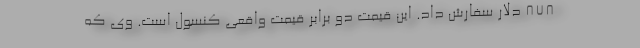
۸۷۸ دلار سفارش داد. این قیمت دو برابر قیمت واقعی کنسول است. وی که